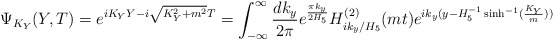
\begin{align*}\Psi_{K_Y}(Y,T)=e^{iK_Y Y-i \sqrt{K_Y^2+m^2} T}=\int_{-\infty}^{\infty} \frac{dk_y}{2 \pi} e^{\pi k_y\over 2 H_5} H^{(2)}_{i k_y/H_5}(mt)e^{ik_y (y-H_5^{-1} \sinh^{-1}(\frac{K_Y}{m}))}\end{align*}